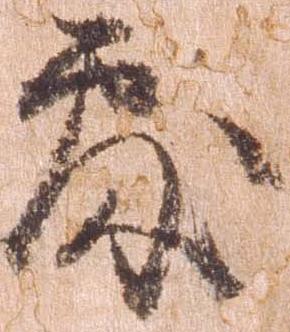
処